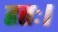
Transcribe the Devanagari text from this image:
हतः।